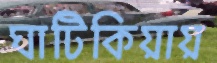
ঘাটিকিয়ায়